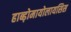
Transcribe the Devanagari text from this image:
हाब्ड़ोमायोलायसिस